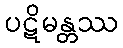
ပဋိမန္တဿ